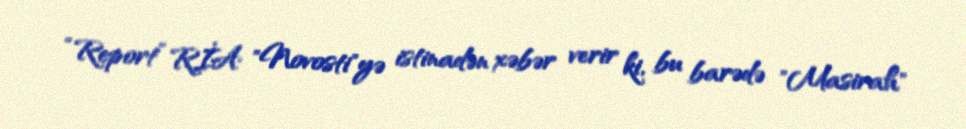
“Report” RİA "Novosti"yə istinadən xəbər verir ki, bu barədə "Masirah"